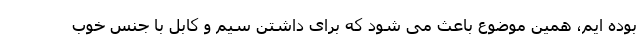
بوده ایم، همین موضوع باعث می شود که برای داشتن سیم و کابل با جنس خوب